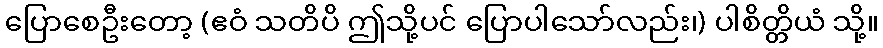
ပြောစေဦးတော့ (ဧဝံ သတိပိ ဤသို့ပင် ပြောပါသော်လည်း၊) ပါစိတ္တိယံ သို့။